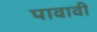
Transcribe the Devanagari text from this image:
पावावी